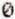
0